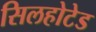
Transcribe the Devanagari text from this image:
सिलहोटेड